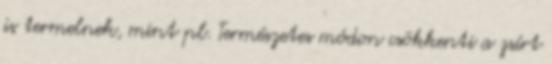
is termelnek, mint pl. Természetes módon csökkenti a zsírt